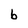
Character: b